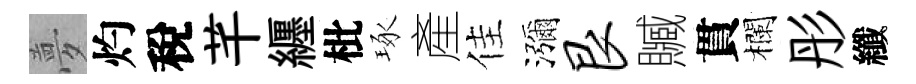
夢灼稅芊纒枇琢產佳瀰艮贓貫欄彤纖